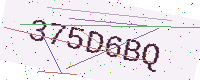
Text: 375D6BQ